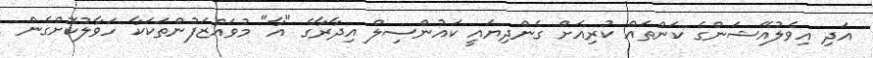
އަދި އިވެލުއޭޝަންގެ ކަންތައް ކުރިއަށް ގެންދިޔައީ ކައުންސިލް އިދާރާގެ "އާ" މުވައްޒަފުންތަކަކާ ހަވާލުކޮށްގެން